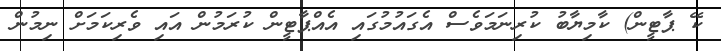
ކޭ ޕާޓީން) ކާމިޔާބު ކުރިނަމަވެސް އެގައުމުގައި އެއްޕާޓީން ކުރަމުން އައި ވެރިކަމަށް ނިމުން